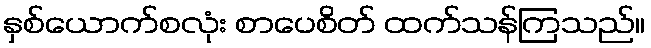
နှစ်ယောက်စလုံး စာပေစိတ် ထက်သန်ကြသည်။